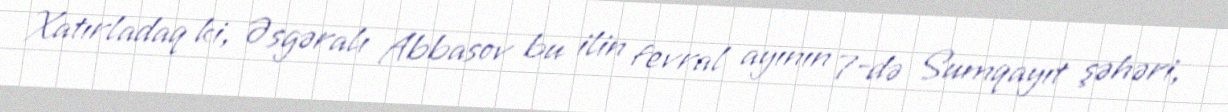
Xatırladaq ki, Əsgəralı Abbasov bu ilin fevral ayının 7-də Sumqayıt şəhəri,